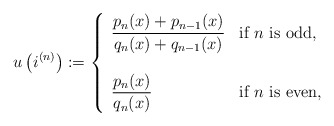
\begin{align*}u\left(i^{(n)}\right):=\left\{\begin{array}{lll}\displaystyle\frac{p_n(x)+p_{n-1}(x)}{q_n(x)+q_{n-1}(x)}& \mbox{if $n$ is odd}, \\\\\displaystyle\frac{p_n(x)}{q_n(x)} & \mbox{if $n$ is even,} \\\end{array}\right. \end{align*}